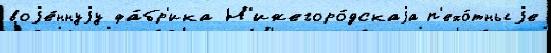
воjе́ннуjу фа́бр'ика Н'ижегоро́дскаjа п'ехо́тныjе